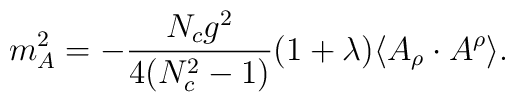
m_A^2 = -   \frac{N_c g^2}{4(N_c^2-1)}     (1+\lambda)  \langle A_\rho \cdot A^\rho \rangle  .